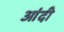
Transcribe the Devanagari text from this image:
आंदी